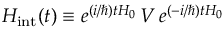
H _ { \mathrm { { i n t } } } ( t ) \equiv e ^ { { ( i / \hbar } ) t H _ { 0 } } \, V \, e ^ { { ( - i / \hbar } ) t H _ { 0 } }